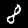
Digit: 8